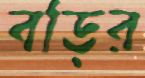
বড়ির